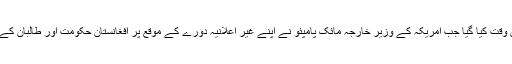
اخبار کے مطابق منگل کے روز یہ حملہ اس وقت کیا گیا جب امریکہ کے وزیر خارجہ مائک پامپئو نے اپنے غیر اعلانیہ دورے کے موقع پر افغانستان حکومت اور طالبان کے درمیان امن مذاکرات کی امید ظاہر کی تھی۔